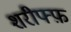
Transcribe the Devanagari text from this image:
शरीफ्फ़